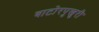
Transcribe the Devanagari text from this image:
बाटोरपुखुरी